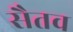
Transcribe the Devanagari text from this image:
सैतव